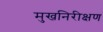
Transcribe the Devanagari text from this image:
मुखनिरीक्षण